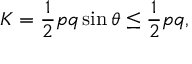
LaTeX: K = { \frac { 1 } { 2 } } p q \sin { \theta } \leq { \frac { 1 } { 2 } } p q ,